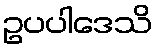
ဥပပါဒေသိ